Code of medical and sanitary regulations for the guidance of medical officers serving in the Madras Presidency - Volume I
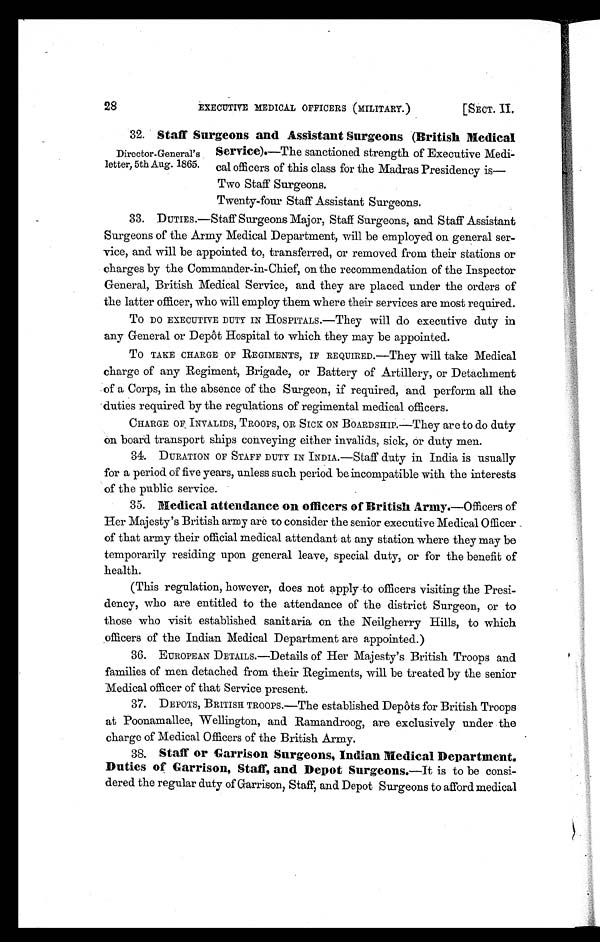
28
EXECUTIVE MEDICAL OFFICERS (MILITARY.)
[SECT. II.
32. Staff Surgeons and Assistant Surgeons (British Medical
Director-General's Service).—The sanctioned strength of Executive Medi
-letter, 5th Aug. 1865. cal officers of this class for the Madras Presidency is
Two Staff Surgeons.
Twenty-four Staff Assistant Surgeons.
3 3 . D U T I E S . — S t a f f S u r g e o n s M a j o r , S t a f f S u r g e o n s , a n d S t a f f A s s i s t a n t
Surgeons of the Army Medical Department, will be employed on general ser
- v i c e , a n d w i l l b e a p p o i n t e d t o , t r a n s f e r r e d , o r r e m o v e d f r o m t h e i r s t a t i o n s o r
charges by the Commander-in-Chief, on the recommendation of the Inspector
General, British Medical Service, and they are placed under the orders of
the latter officer, who will employ them where their services are most required.
To DO EXECUTI VE DUTY I N HOSPI TALS. —They wi l l do ex ec ut i v e dut y i n
any General or Depot Hospital to which they may be appointed.
TO TAKE CHARGE OF REGIMENTS, IF REQUIRED.—They will take Medical
charge of any Regiment, Brigade, or Battery of Artillery, or Detachment
of a Corps, in the absence of the Surgeon, if required, and perform all the
duties required by the regulations of regimental medical officers.
CHARGE OF INVALIDS, TROOPS, OR SICK ON BOARDSHIP.—They are to do duty
on board transport ships conveying either invalids, sick, or duty men.
34. DURATION OF STAFF DUTY IN INDIA.—Staff duty in India is usually
for a period of five years, unless such period be incompatible with the interests
of the public service.
35. Medical attendance on officers of British Army .—Officers of
Her Majesty's British army are to consider the senior executive Medical Officer
of that army their official medical attendant at any station where they may be
temporarily residing upon general leave, special duty, or for the benefit of
health.
(This regulation, however, does not apply to officers visiting the Presi
- d e n c y , w h o a r e e n t i t l e d t o t h e a t t e n d a n c e o f t h e d i s t r i c t S u r g e o n , o r t o
those who visit established sanitaria on the Neilgherry Hills, to which
officers of the Indian Medical Department are appointed.)
36. EUROPEAN DETAILS.—Details of Her Majesty's British Troops and
families of men detached from their Regiments, will be treated by the senior
Medical officer of that Service present.
37. DEPOTS, BRITISH TROOPS.—The establ i shed Depôts for Bri ti sh Troops
at Poonamallee, Wellington, and Ramandroog, are exclusively under the
charge of Medical Officers of the British Army.
38. Staff or Garrison Surgeons, Indian Medical Department.
Duties of Garrison, Staff, and Depot Surgeons.—It is to be consi-
dered the regular duty of Garrison, Staff, and Depot Surgeons to afford medical